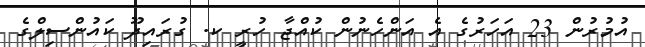
އުމުރުން 23 އަހަރުގެ އެ އަންހެނުން ކުއްޖާ ހުރީ ކ. ގުރައިދޫ ކައުންސިލްގެ